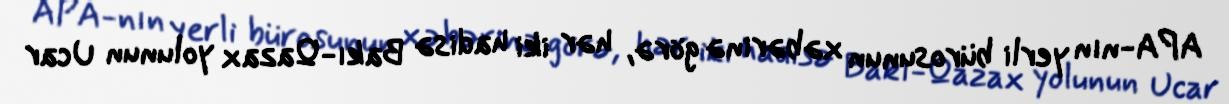
APA-nın yerli bürosunun xəbərinə görə, hər iki hadisə Bakı-Qazax yolunun Ucar